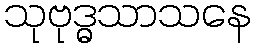
သုဗုဒ္ဓသာသနေ